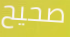
صحيح